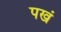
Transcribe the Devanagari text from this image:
पखं